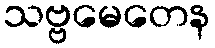
သဗ္ဗမေတေန